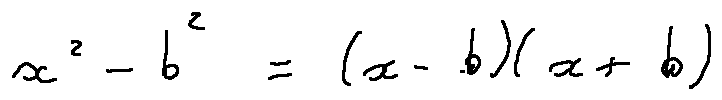
x ^ { 2 } - b ^ { 2 } = ( x - b ) ( x + b )